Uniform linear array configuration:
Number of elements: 64
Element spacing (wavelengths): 1
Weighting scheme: binomial
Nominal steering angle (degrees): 30
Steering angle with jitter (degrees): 28.808
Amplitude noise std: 0.05
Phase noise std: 0.05

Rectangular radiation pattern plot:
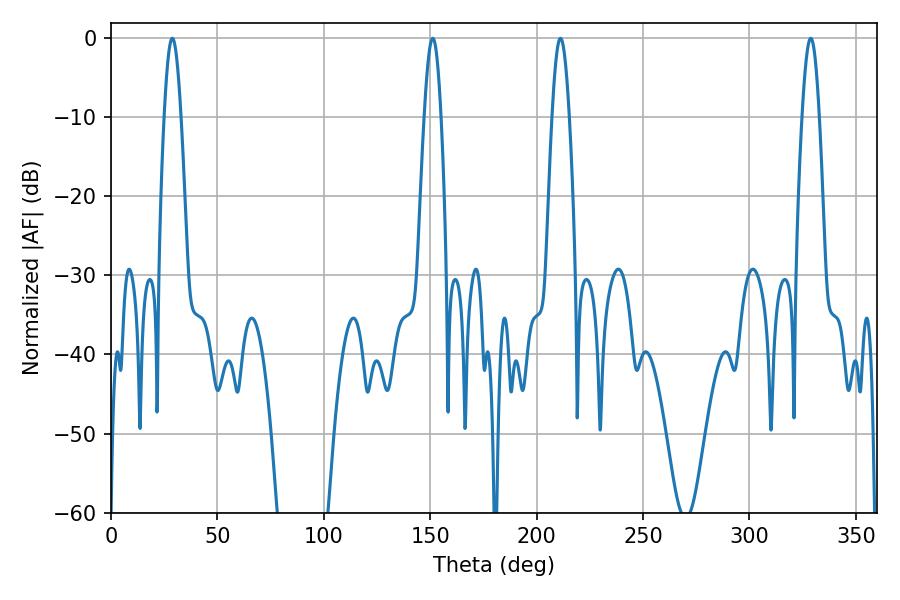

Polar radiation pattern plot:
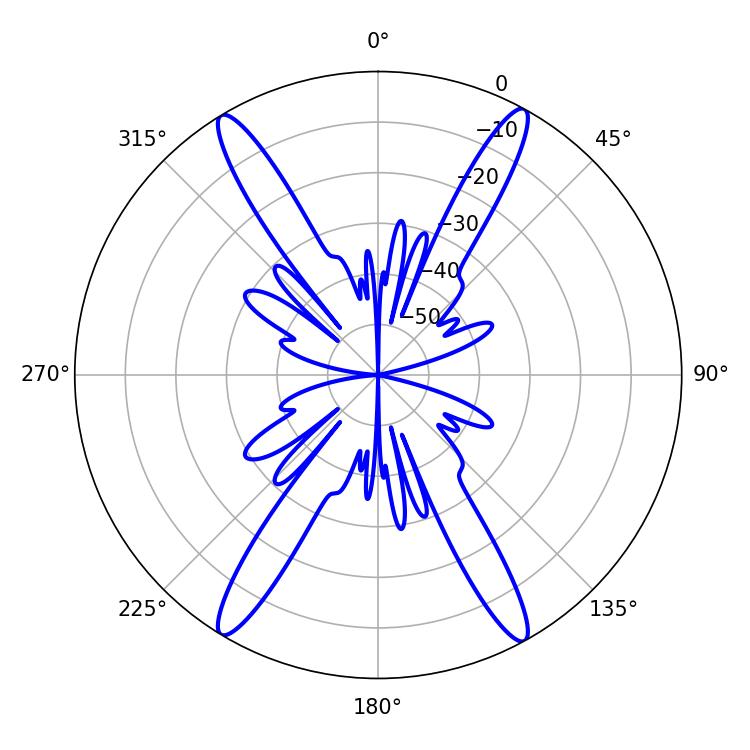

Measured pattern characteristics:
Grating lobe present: TRUE
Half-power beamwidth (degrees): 4.14
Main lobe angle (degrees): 28.8